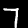
Digit: 7